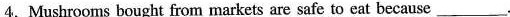
4.Mushrooms bought from markets are safe to eat because ___.